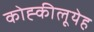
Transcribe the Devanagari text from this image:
कोह्कीलूयेह